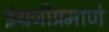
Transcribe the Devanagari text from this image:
इंग्रजीप्रमाणे